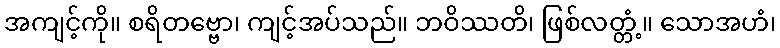
အကျင့်ကို။ စရိတဗ္ဗော၊ ကျင့်အပ်သည်။ ဘဝိဿတိ၊ ဖြစ်လတ္တံ့။ သောအဟံ၊